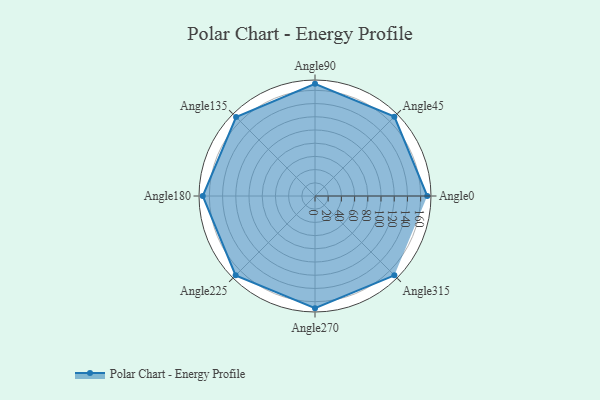
{"axis": {"x": "Angle", "y": "Radius"}, "legend": [""], "data": [{"x": "Angle0", "y": 170, "type": ""}, {"x": "Angle45", "y": 170, "type": ""}, {"x": "Angle90", "y": 170.0, "type": ""}, {"x": "Angle135", "y": 169.0, "type": ""}, {"x": "Angle180", "y": 170, "type": ""}, {"x": "Angle225", "y": 170, "type": ""}, {"x": "Angle270", "y": 170, "type": ""}, {"x": "Angle315", "y": 170, "type": ""}]}